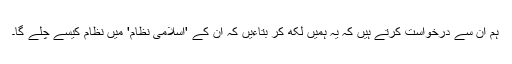
ہم ان سے درخواست کرتے ہیں کہ یہ ہمیں لکھ کر بتاءیں کہ ان کے 'اسلامی نظام' میں نظام کیسے چلے گا۔